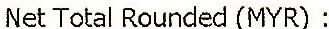
NET TOTAL ROUNDED(MYR) :